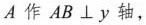
A作AB\perp y轴，